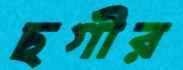
ছগীর